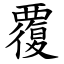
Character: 覆